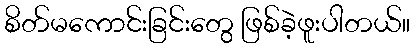
စိတ်မကောင်းခြင်းတွေ ဖြစ်ခဲ့ဖူးပါတယ်။